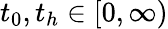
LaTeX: t_{0},t_{h}\in[0,\infty)